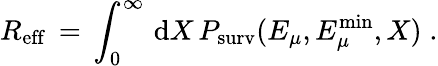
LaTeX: R_{\mathrm{eff}}\, =\, \int_{0}^{\infty}\, \mathrm{d}X\, P_{\mathrm{surv}}(E_{\mu},E_{\mu}^{\mathrm{min}},X)\; .